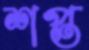
শপ্ত